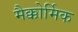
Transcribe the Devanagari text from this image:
मैक्कोर्मिक